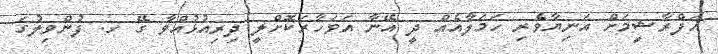
އަފްރާޝީމަށް އަނިޔާވެރި ހަމަލާއެއް ދީ އޭނާ އަވަހާރަކޮށްލީ ދިރިއުޅުއްވާ ގޭ ހ. ފުންވިލުގަ